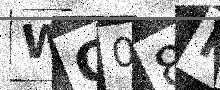
Text: WQ08PN